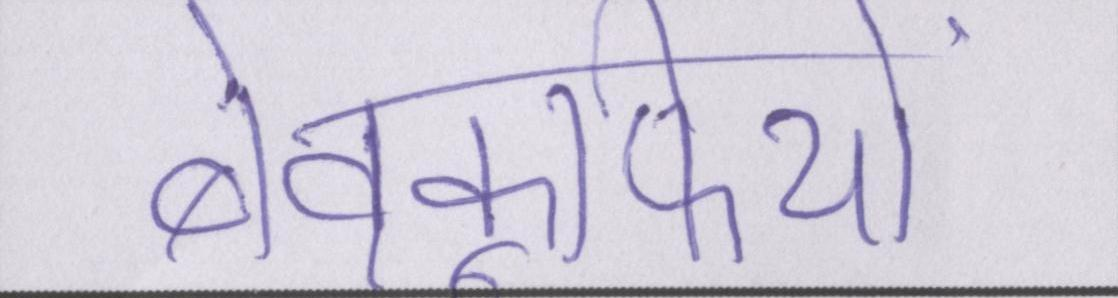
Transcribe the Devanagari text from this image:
बेवकूफियों